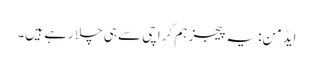
ایڈمن: یہ پیجز ہم کراچی سے ہی چلا رہے ہیں۔